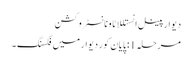
دیوار پینل انستللاٹاونانسٹروکشن
مرحلہ 1: پایان کور دیوار میں فکسنگ ۔